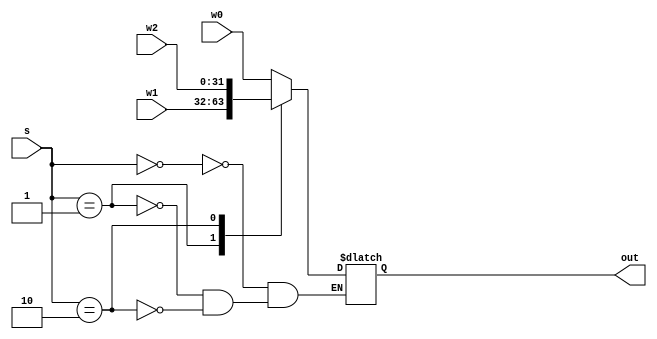
`timescale 1ns / 1ps
//////////////////////////////////////////////////////////////////////////////////
// Company: 
// Engineer: 
// 
// Design Name: 
// Module Name: test
// Project Name: 
// Target Devices: 
// Tool Versions: 
// Description: 
// 
// Dependencies: 
// 
// Revision:
// Revision 0.01 - File Created
// Additional Comments:
// 
//////////////////////////////////////////////////////////////////////////////////


module mux3to1(w0, w1, w2, s, out);
input [31:0]w0; 
input [31:0]w1;
input [31:0]w2;
input [1:0]s;
output reg [31:0]out;

// seletor value chooses one of the inputs to send to output
always@(w0, w1, w2, s)
    case(s)
    0: out = w0;
    1: out = w1;
    2: out = w2;
    endcase

endmodule